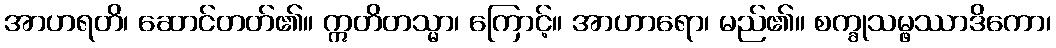
အာဟရတိ၊ ဆောင်တတ်၏။ ဣတိတသ္မာ၊ ကြောင့်။ အာဟာရော၊ မည်၏။ စက္ခုသမ္ဖဿာဒိကော၊